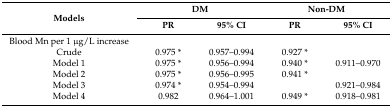
<table><thead><tr><td rowspan="2"><b>Models</b></td><td colspan="2"><b>DM</b></td><td colspan="2"><b>Non-DM</b></td></tr><tr><td><b>PR</b></td><td><b>95% CI</b></td><td><b>PR</b></td><td><b>95% CI</b></td></tr></thead><tbody><tr><td>Blood Mn per 1 μg/L increase</td><td>[EMPTY_CELL]</td><td>[EMPTY_CELL]</td><td>[EMPTY_CELL]</td><td>[EMPTY_CELL]</td></tr><tr><td>Crude</td><td>0.975 *</td><td>0.957–0.994</td><td>0.927 *</td><td>[EMPTY_CELL]</td></tr><tr><td>Model 1</td><td>0.975 *</td><td>0.956–0.994</td><td>0.940 *</td><td>0.911–0.970</td></tr><tr><td>Model 2</td><td>0.975 *</td><td>0.956–0.995</td><td>0.941 *</td><td>[EMPTY_CELL]</td></tr><tr><td>Model 3</td><td>0.974 *</td><td>0.954–0.994</td><td>[EMPTY_CELL]</td><td>0.921–0.984</td></tr><tr><td>Model 4</td><td>0.982</td><td>0.964–1.001</td><td>0.949 *</td><td>0.918–0.981</td></tr></tbody></table>